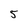
Character: 5